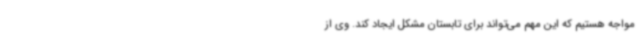
مواجه هستیم که این مهم می‌تواند برای تابستان مشکل ایجاد کند. وی از